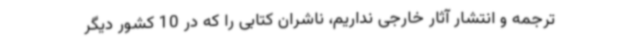
ترجمه و انتشار آثار خارجی نداریم، ناشران کتابی را که در 10 کشور دیگر